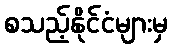
စသည့်နိုင်ငံများမှ